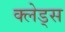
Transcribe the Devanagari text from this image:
क्लेड्स